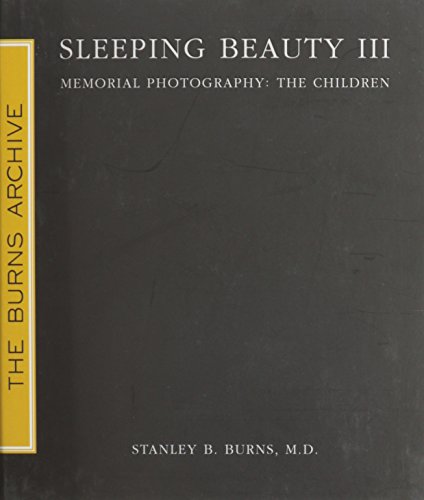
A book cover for Sleeping Beauty III: Memorial Photography: The Children; MD Stanley B. Burns; Arts & Photography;